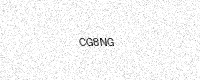
Text: CG8NG